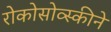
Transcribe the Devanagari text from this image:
रोकोसोव्स्कीने